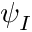
\psi _ { I }